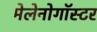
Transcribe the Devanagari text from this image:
मेलेनोगॉस्टर